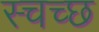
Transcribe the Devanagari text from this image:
स्चच्छ